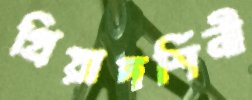
প্রিয়াদর্শিনী